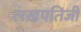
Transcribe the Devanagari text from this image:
लखपतिजी